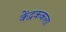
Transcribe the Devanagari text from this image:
केंद्रककला